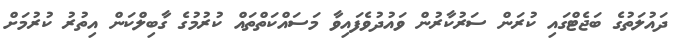
ދައުލަތުގެ ބަޖެޓްގައި ކުރަން ސަރުކާރުން ވައުދުވެފައިވާ މަސައްކަތްތައް ކުރުމުގެ ގާބިލްކަން އިތުރު ކުރުމަށް